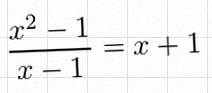
\frac{x^2-1}{x-1}=x+1